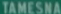
TAMESNA